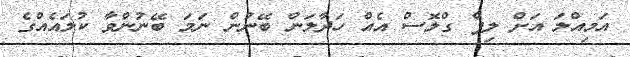
އަމިއްލަ އަށް ލިޕް ގްލޮސް އެއް ހަދާލަން ބޭނުން ނަމަ ބޭނުންވާ ކުލައެއްގެ